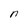
Character: n